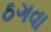
ઠગવા